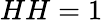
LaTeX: HH=1